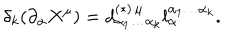
\delta _ { k } ( \partial _ { \alpha } X ^ { \mu } ) = d _ { \alpha _ { 1 } \ldots \alpha _ { k } } ^ { ( \ast ) \, \mu } l _ { \alpha } ^ { \alpha _ { 1 } \ldots \alpha _ { k } } .